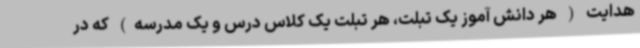
هدایت ( هر دانش آموز یک تبلت، هر تبلت یک کلاس درس و یک مدرسه) که در